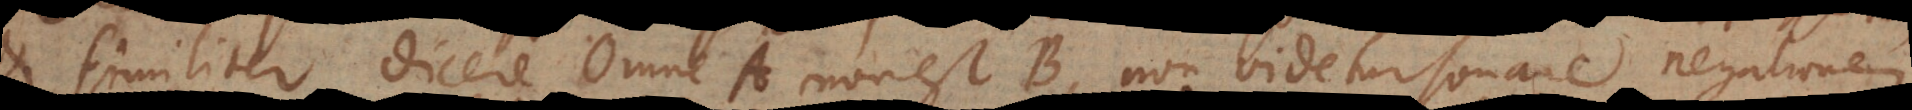
et similiter dicere Omne A non est B, non videtur sonare negationem